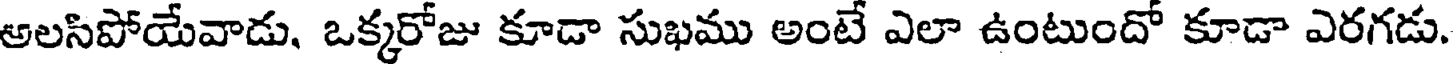
అలసిపోయేవాడు, ఒక్కరోజు కూడా సుఖము అంటే ఎలా ఉంటుందో కూడా ఎరగడు.